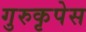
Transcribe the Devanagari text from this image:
गुरुकृपेस